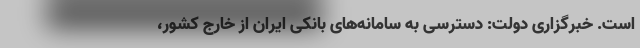
است. خبرگزاری دولت: دسترسی به سامانه‌های بانکی ایران از خارج کشور،